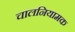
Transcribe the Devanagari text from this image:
चालनियामक